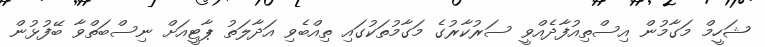
ޝަހީމް މަގާމުން އިސްތިއުފާދެއްވީ ސަރުކާރުގެ މަގާމުތަކުގައި ތިއްބެވި އަދާލަތު ޕާޓީއަށް ނިސްބަތްވާ ބޭފުޅުން